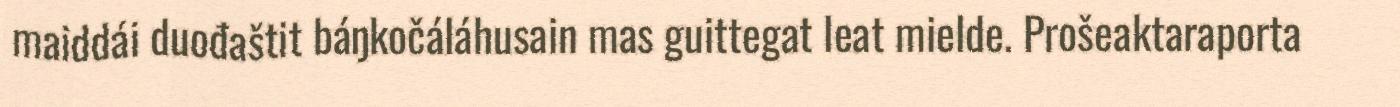
maiddái duođaštit báŋkočáláhusain mas guittegat leat mielde. Prošeaktaraporta